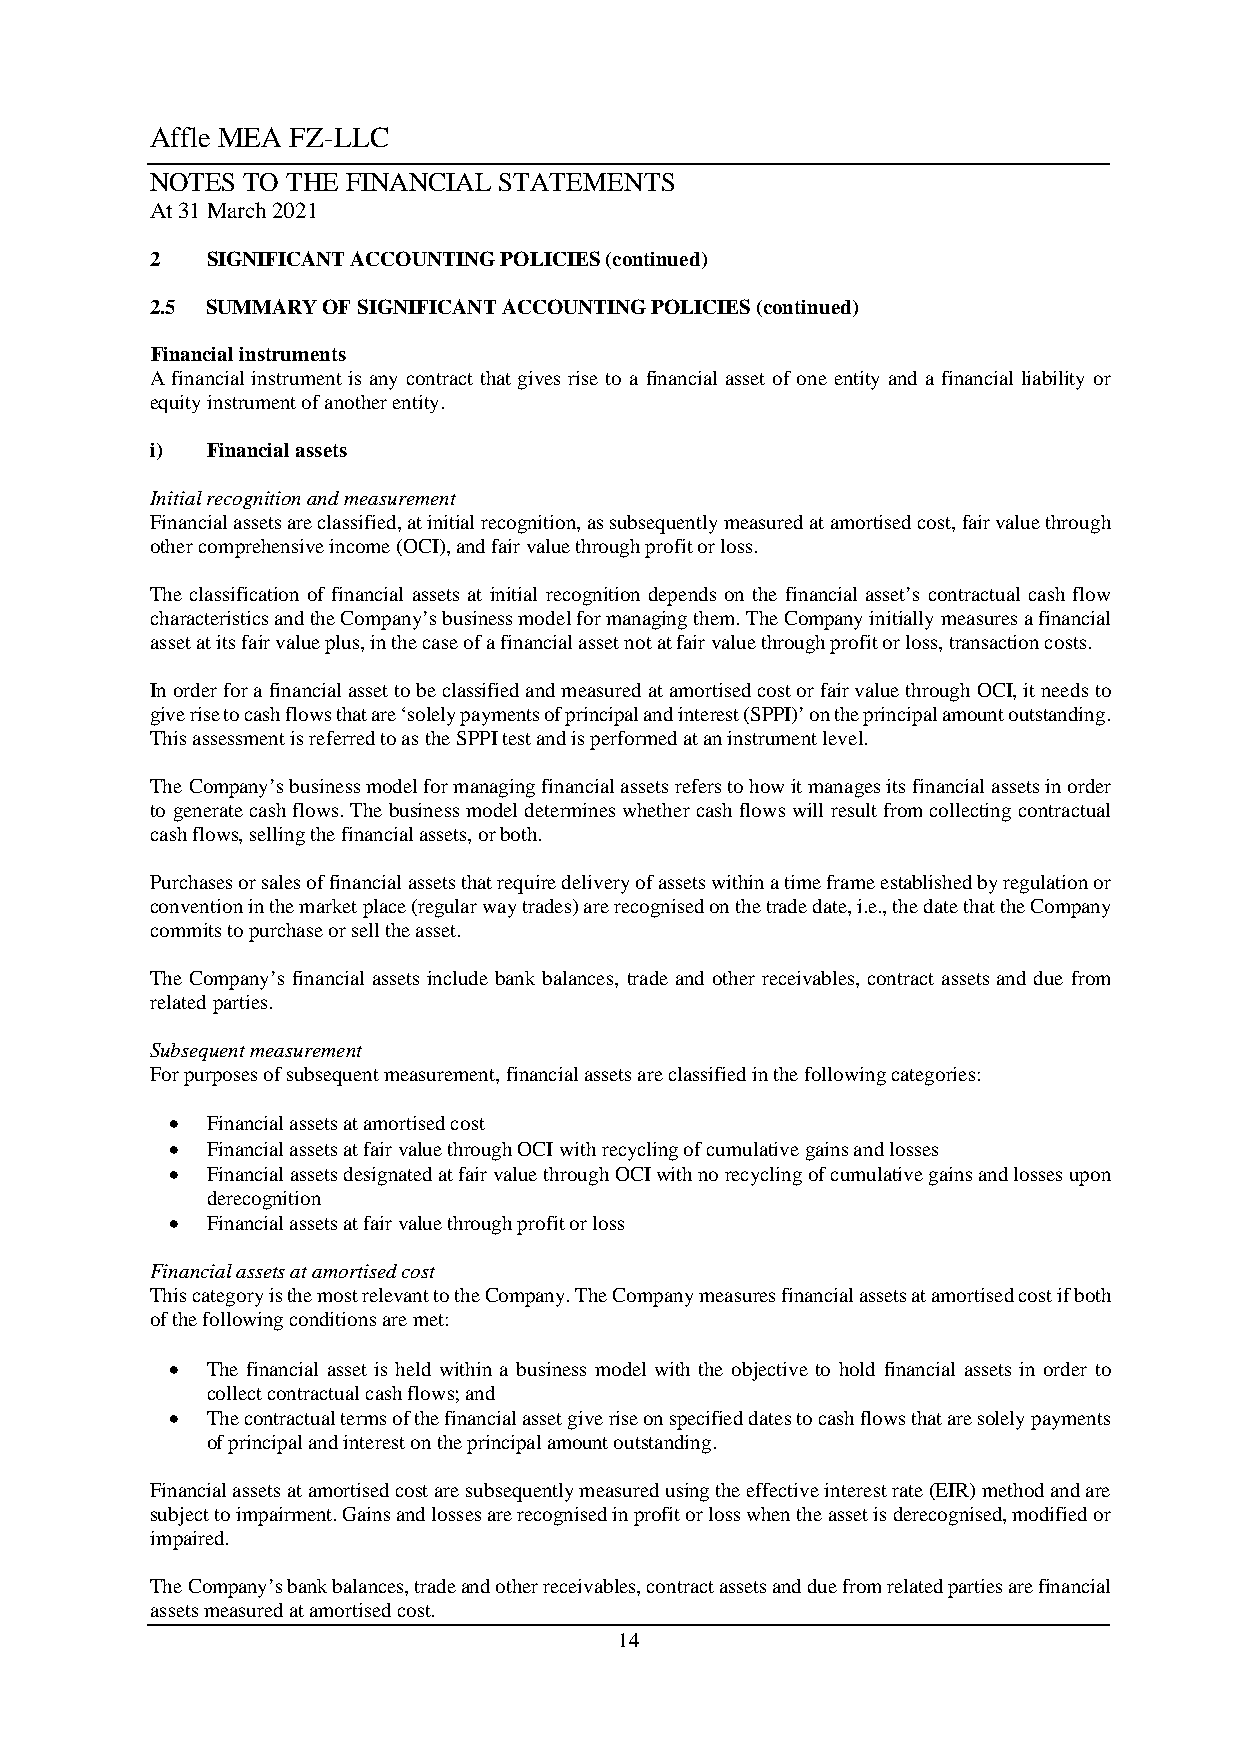
Affle MEA FZ-LLC
 NOTES TO THE FINANCIAL STATEMENTS
 At 31 March 2021
 2   SIGNIFICANT ACCOUNTING POLICIES (continued)
 2.5 SUMMARY OF SIGNIFICANT ACCOUNTING POLICIES (continued)
 Financial instruments
 A financial instrument is any contract that gives rise to a financial asset of one entity and a financial liability or
 equity instrument of another entity.
 i)  Financial assets
 Initial recognition and measurement
 Financial assets are classified, at initial recognition, as subsequently measured at amortised cost, fair value through
 other comprehensive income (OCI), and fair value through profit or loss.
 The classification of financial assets at initial recognition depends on the financial asset’s contractual cash flow
 characteristics and the Company’s business model for managing them. The Company initially measures a financial
 asset at its fair value plus, in the case of a financial asset not at fair value through profit or loss, transaction costs.
 In order for a financial asset to be classified and measured at amortised cost or fair value through OCI, it needs to
 give rise to cash flows that are ‘solely payments of principal and interest (SPPI)’ on the principal amount outstanding.
 This assessment is referred to as the SPPI test and is performed at an instrument level.
 The Company’s business model for managing financial assets refers to how it manages its financial assets in order
 to generate cash flows. The business model determines whether cash flows will result from collecting contractual
 cash flows, selling the financial assets, or both.
 Purchases or sales of financial assets that require delivery of assets within a time frame established by regulation or
 convention in the market place (regular way trades) are recognised on the trade date, i.e., the date that the Company
 commits to purchase or sell the asset.
 The Company’s financial assets include bank balances, trade and other receivables, contract assets and due from
 related parties.
 Subsequent measurement
 For purposes of subsequent measurement, financial assets are classified in the following categories:
   Financial assets at amortised cost
   Financial assets at fair value through OCI with recycling of cumulative gains and losses
   Financial assets designated at fair value through OCI with no recycling of cumulative gains and losses upon
 derecognition
   Financial assets at fair value through profit or loss
 Financial assets at amortised cost
 This category is the most relevant to the Company. The Company measures financial assets at amortised cost if both
 of the following conditions are met:
   The financial asset is held within a business model with the objective to hold financial assets in order to
 collect contractual cash flows; and
   The contractual terms of the financial asset give rise on specified dates to cash flows that are solely payments
 of principal and interest on the principal amount outstanding.
 Financial assets at amortised cost are subsequently measured using the effective interest rate (EIR) method and are
 subject to impairment. Gains and losses are recognised in profit or loss when the asset is derecognised, modified or
 impaired.
 The Company’s bank balances, trade and other receivables, contract assets and due from related parties are financial
 assets measured at amortised cost.
 14